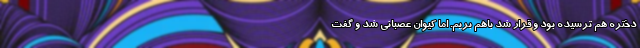
دختره هم ترسیده بود و قرار شد باهم بریم. اما کیوان عصبانی شد و گفت